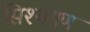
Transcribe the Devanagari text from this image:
सिश्यगण